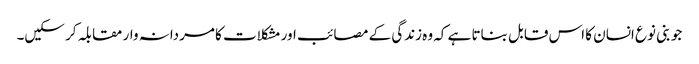
جو بنی نوع انسان کا اس قابل بناتا ہے کہ وہ زندگی کے مصائب اور مشکلات کا مردانہ وار مقابلہ کر سکیں۔